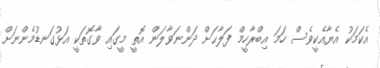
އެކަމަކު އެޔާއެކީވެސް ހަމަ އިބްރާހީމް ފަލާޙަށް ދަންނަވާލަން އޮތީ މީގައި ވާގޮތަކީ އަޅުގަނޑުމެންނަށް